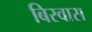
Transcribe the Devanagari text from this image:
बिस्‍वास